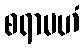
စရာမဟံ